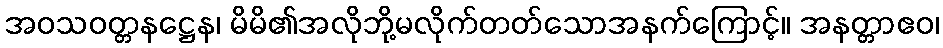
အဝသဝတ္တနဋ္ဌေန၊ မိမိ၏အလိုဘို့မလိုက်တတ်သောအနက်ကြောင့်။ အနတ္တာဧဝ၊